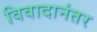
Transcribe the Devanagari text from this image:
विवादानंतर